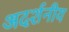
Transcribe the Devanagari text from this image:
अदर्शनीय